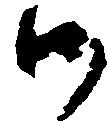
御